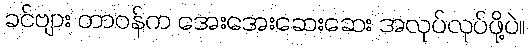
ခင်ဗျား တာဝန်က အေးအေးဆေးဆေး အလုပ်လုပ်ဖို့ပဲ။